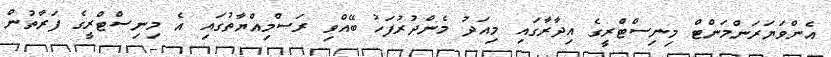
އެންވަޔަރަންމަންޓް މިނިސްޓްރީގެ އިދާރާގައި މިއަދު މެންދުރުފަހު ބޭއްވި ރަސްމިއްޔާތުގައި އެ މިނިސްޓްރީގެ ފަރާތުން